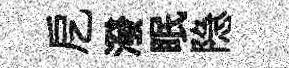
戹潑眠隐